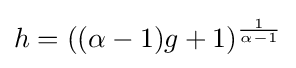
h=((\alpha -1)g+1)^{\frac {1}{\alpha -1}}